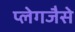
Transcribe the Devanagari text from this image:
प्लेगजैसे